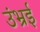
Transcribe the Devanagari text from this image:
उंभ्रई